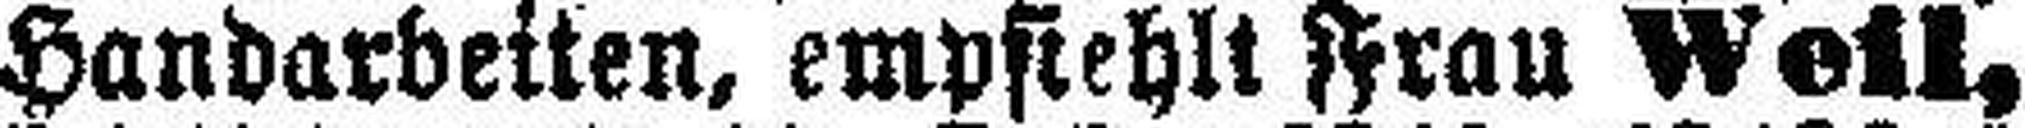
Handarbeiten, empfiehlt Frau Weil,